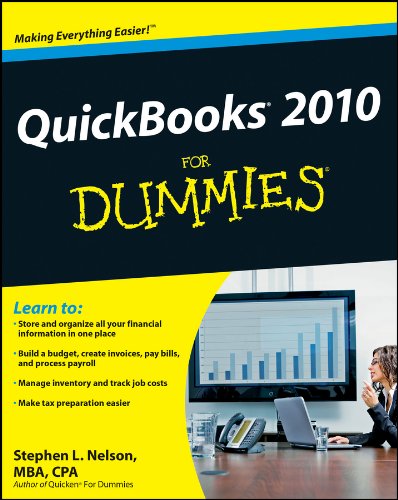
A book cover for QuickBooks 2010 For Dummies; Stephen L. Nelson; Computers & Technology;